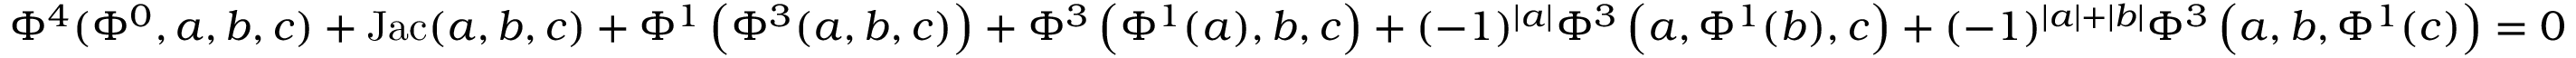
\Phi ^ { 4 } ( \Phi ^ { 0 } , a , b , c ) + \mathrm { { J a c } } ( a , b , c ) + \Phi ^ { 1 } \left( \Phi ^ { 3 } ( a , b , c ) \right) + \Phi ^ { 3 } \left( \Phi ^ { 1 } ( a ) , b , c \right) + ( - 1 ) ^ { \left| a \right| } \Phi ^ { 3 } \left( a , \Phi ^ { 1 } ( b ) , c \right) + ( - 1 ) ^ { \left| a \right| + \left| b \right| } \Phi ^ { 3 } \left( a , b , \Phi ^ { 1 } ( c ) \right) = 0